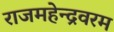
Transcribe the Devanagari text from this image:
राजमहेन्द्रवरम